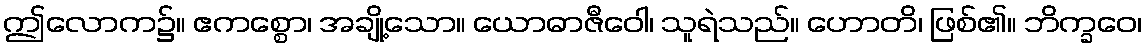
ဤလောက၌။ ဧကစ္စော၊ အချို့သော။ ယောဓာဇီဝေါ၊ သူရဲသည်။ ဟောတိ၊ ဖြစ်၏။ ဘိက္ခဝေ၊